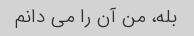
بله، من آن را می دانم